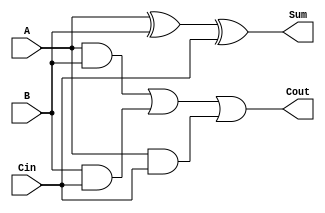
module full_adder (
    input A, B, Cin,
    output reg Sum, Cout
);

always @(*) begin
    Sum = A ^ B ^ Cin;
    Cout = (A & B) | (B & Cin) | (A & Cin);
end

endmodule